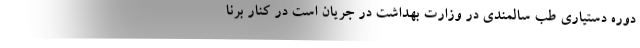
دوره دستیاری طب سالمندی در وزارت بهداشت در جریان است در کنار برنا